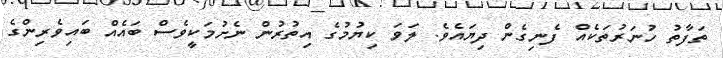
ތަފާތު ހުނަރުތަކެއް ފެނިގެން ދިޔައެވެ. ލަވަ ކިޔުމުގެ އިތުރުން ނެށުމަކީވެސް ބައެއް ބައިވެރިންގެ